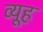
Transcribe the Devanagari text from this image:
व्‍यूह